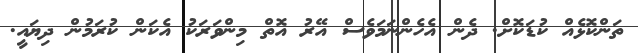
ތަންކޮޅެއް ކުޑަކޮށް. ދެން އެހެންނަމަވެސް އޭރު އޮތް މިންވަރަކު އެކަން ކުރަމުން ދިޔައީ.